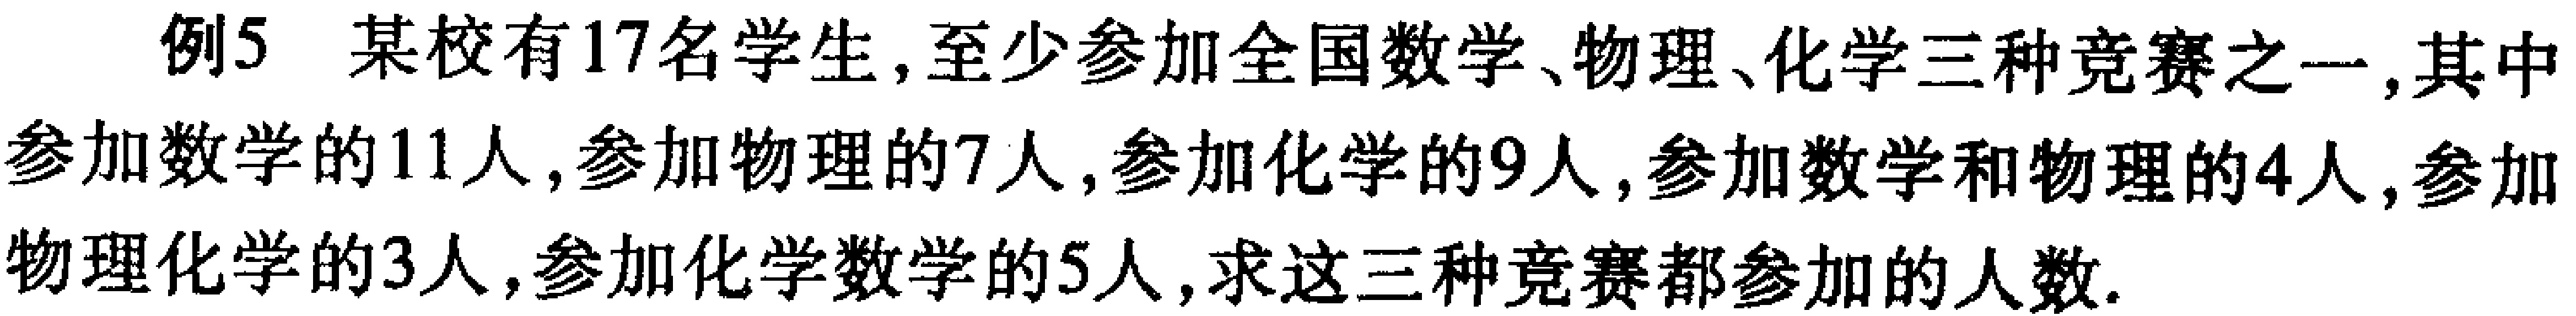
例5 某校有17名学生,至少参加全国数学、物理、化学三种竞赛之一,其中参加数学的11人,参加物理的7人,参加化学的9人,参加数学和物理的4人,参加物理化学的3人,参加化学数学的5人,求这三种竞赛都参加的人数.